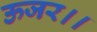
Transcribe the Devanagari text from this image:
ऊजर।।